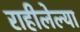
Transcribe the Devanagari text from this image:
राहीलेल्या